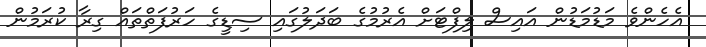
އެހެންވެ މަޑުމަޑުން އައިސް ލިފްޓަށް އެރުމުގެ ބަދަލުގައި ސިޑީގެ ހަރުފަތްތައް ގިރާ ކުރަމުން